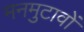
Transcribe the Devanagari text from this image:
मनमुटावों